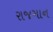
રાજગાન